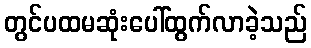
တွင်ပထမဆုံးပေါ်ထွက်လာခဲ့သည်